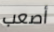
أصعب